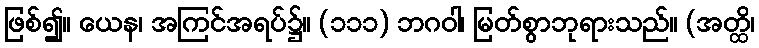
ဖြစ်၍။ ယေန၊ အကြင်အရပ်၌။ (၁၁၁) ဘဂဝါ၊ မြတ်စွာဘုရားသည်။ (အတ္ထိ၊